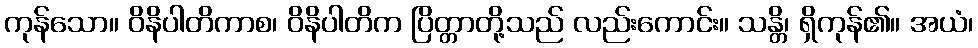
ကုန်သော။ ဝိနိပါတိကာစ၊ ဝိနိပါတိက ပြိတ္တာတို့သည် လည်းကောင်း။ သန္တိ၊ ရှိကုန်၏။ အယံ၊